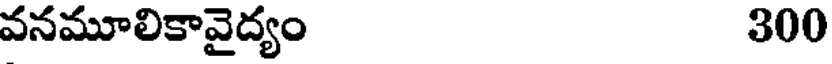
వనమూలికావైద్యం 300